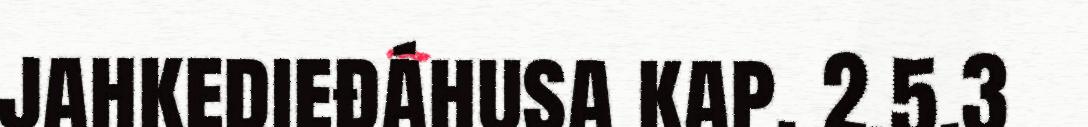
jahkedieđáhusa kap. 2.5.3